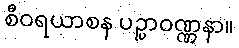
စီဝရယာစန ပဉ္ပာဝဏ္ဏနာ။